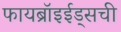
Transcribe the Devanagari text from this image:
फायब्रॉइईड्‌सची